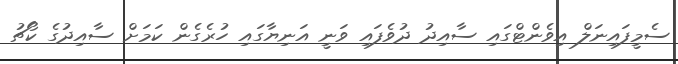
ސެމީފައިނަލް އިވެންޓްގައި ސާއިދު ދުވެފައި ވަނީ އަނިޔާގައި ހުރެގެން ކަމަށް ސާއިދުގެ ކޯޗު